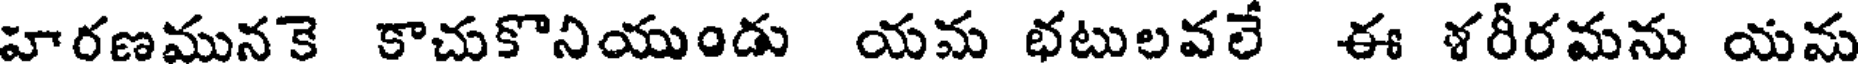
హరణమునకె కాచుకొనియుండు యమ భటులవలే ఈ ళరీరమను యమ